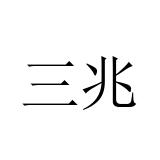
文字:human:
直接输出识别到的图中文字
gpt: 三兆